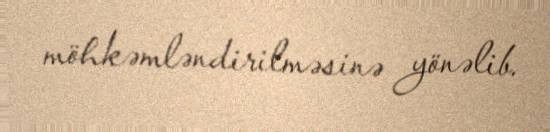
möhkəmləndirilməsinə yönəlib.